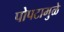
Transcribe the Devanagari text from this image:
पोपटामुळे